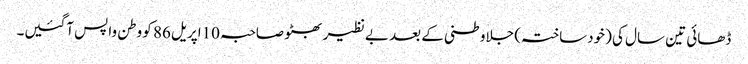
ڈھائی تین سال کی (خودساختہ) جلاوطنی کے بعد بے نظیر بھٹو صاحبہ 10اپریل 86 کو وطن واپس آگئیں۔